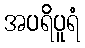
အပရိပူရံ